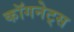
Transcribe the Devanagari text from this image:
कॉगनेट्स